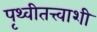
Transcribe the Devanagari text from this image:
पृथ्वीतत्त्वाशी